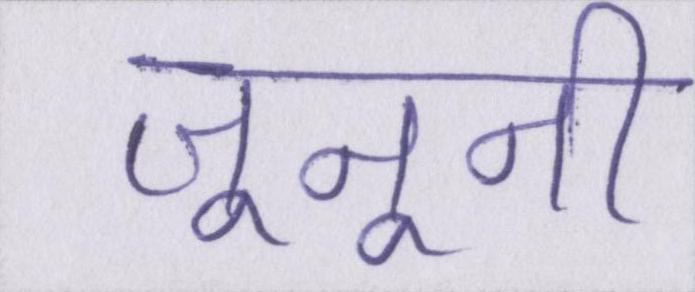
जूनूनी